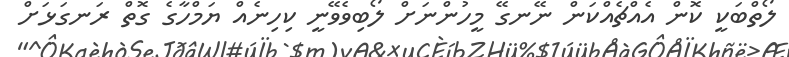
ލޯތްބަކީ ކޮން އެއްޗެއްކަން ނޭނގޭ މީހުންނަށް ލޯބިވެވޭނީ ކިހިނެއް ޔަމްހާގެ ގޮތް ރަނގަޅަށް